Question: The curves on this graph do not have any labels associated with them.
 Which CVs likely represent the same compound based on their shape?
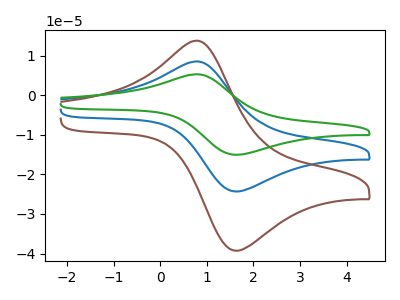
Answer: <think>The blue curve "blue" has an anodic peak at (0.80V, 8.50uA) and a cathodic peak at (1.60V, -24.35uA). The brown curve "brown" has an anodic peak at (0.80V, 13.75uA) and a cathodic peak at (1.60V, -39.30uA). The green curve "green" has an anodic peak at (0.80V, 17.05uA) and a cathodic peak at (1.60V, -48.70uA).
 All the peaks in "blue" have a peak in "brown" at the same potential. Every peak in "blue" is lower than every peak in "brown". All the peaks in "blue" have a peak in "green" at the same potential. Every peak in "blue" is lower than every peak in "green". All the peaks in "brown" have a peak in "green" at the same potential. Every peak in "brown" is lower than every peak in "green".</think>
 <answer>"brown", "blue" and "green" have the same shape and are likely CV's of the same chemical.</answer>
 <eval>"brown" "blue" "green"</eval>